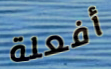
أفعلة